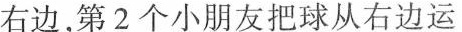
右边，第2个小朋友把球从右边运